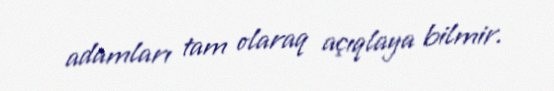
adamları tam olaraq açıqlaya bilmir.